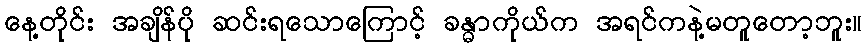
နေ့တိုင်း အချိန်ပို ဆင်းရသောကြောင့် ခန္ဓာကိုယ်က အရင်ကနဲ့မတူတော့ဘူး။